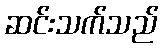
ဆင်းသက်သည်